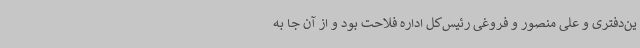
ین‌دفتری و علی منصور و فروغی رئیس‌کل اداره فلاحت بود و از آن جا به